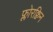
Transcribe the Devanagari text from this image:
फ्लोरक्विन